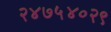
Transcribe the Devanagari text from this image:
२४७५४०२९